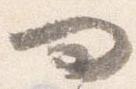
問